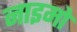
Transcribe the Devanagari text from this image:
नाइमो